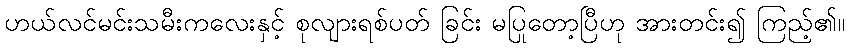
ဟယ်လင်မင်းသမီးကလေးနှင့် စုလျားရစ်ပတ် ခြင်း မပြုတော့ပြီဟု အားတင်း၍ ကြည့်၏။